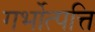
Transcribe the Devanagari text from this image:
गर्भोत्पत्ति